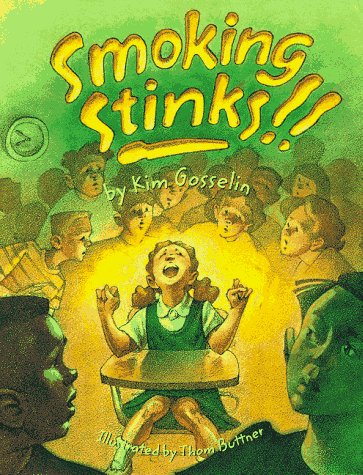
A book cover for Smoking Stinks!! (Substance Free Kids Series); Thom Buttner; Health, Fitness & Dieting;